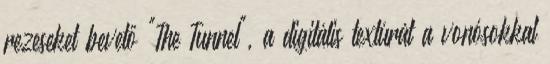
rezeseket bevető "The Tunnel", a digitális textúrát a vonósokkal